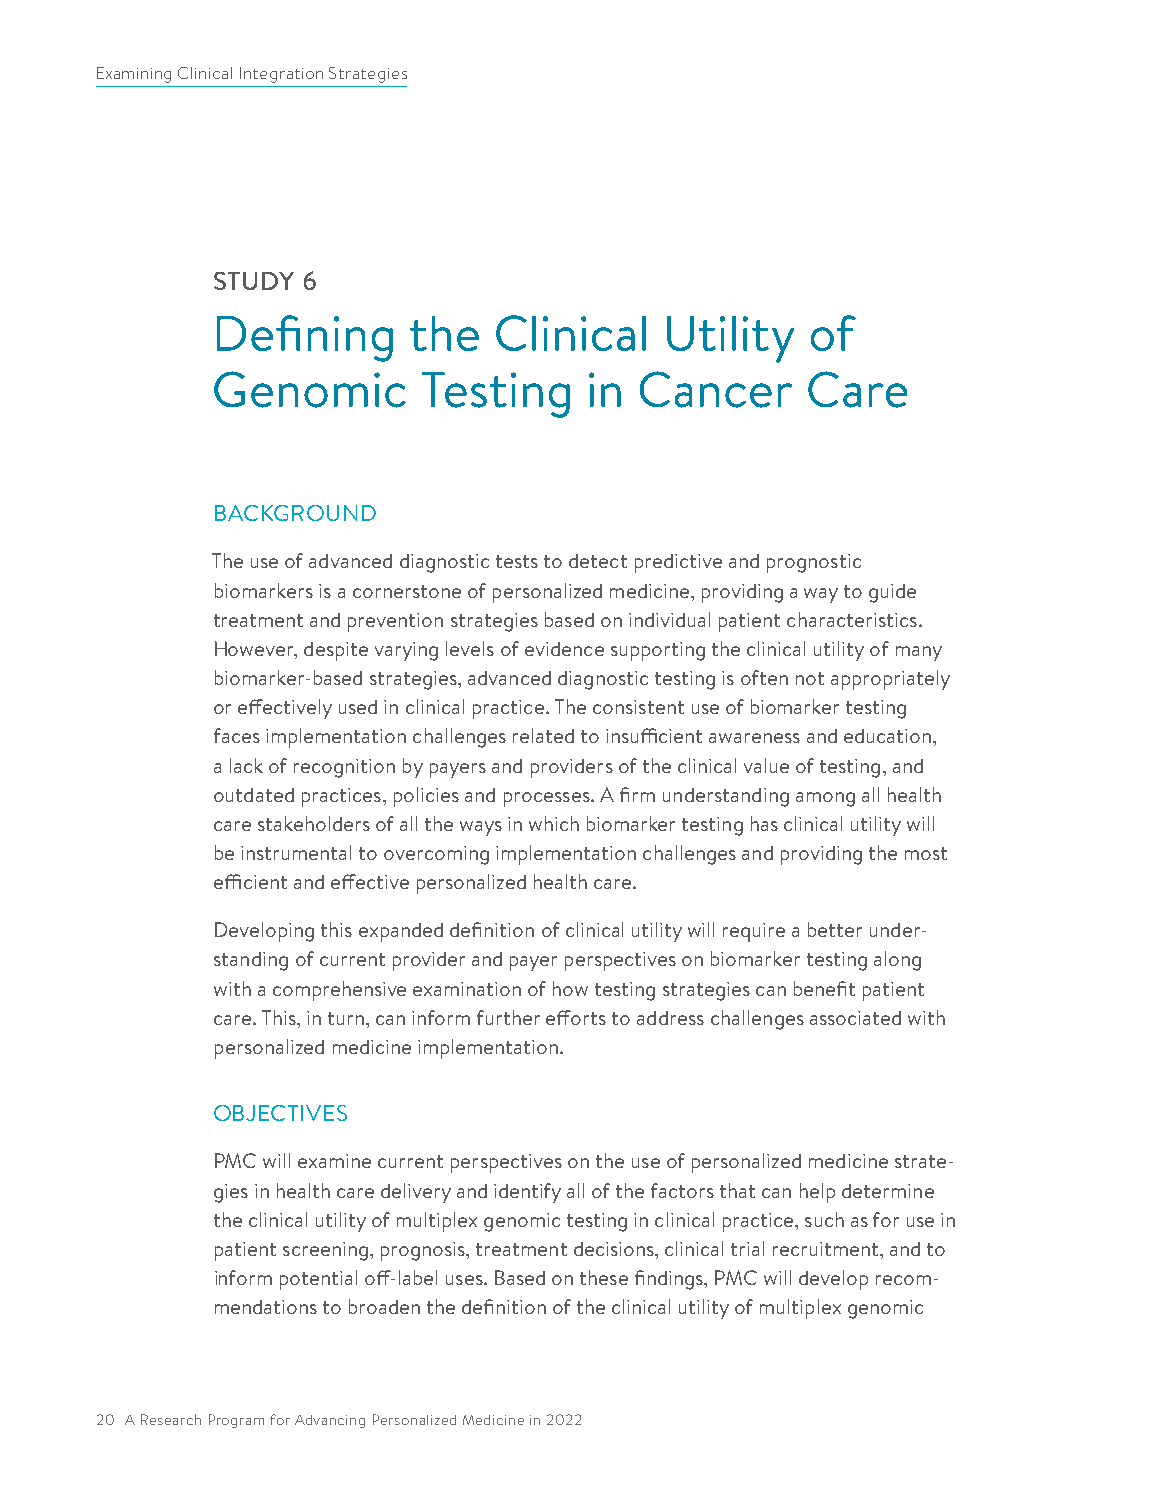
Examining Clinical Integration Strategies
 STUDY 6
 Defining     the   Clinical   Utility  of
 Genomic       Testing    in Cancer     Care
 BACKGROUND
 The use of advanced diagnostic tests to detect predictive and prognostic
 biomarkers is a cornerstone of personalized medicine, providing a way to guide
 treatment and prevention strategies based on individual patient characteristics.
 However, despite varying levels of evidence supporting the clinical utility of many
 biomarker-based strategies, advanced diagnostic testing is often not appropriately
 or effectively used in clinical practice. The consistent use of biomarker testing
 faces implementation challenges related to insufficient awareness and education,
 a lack of recognition by payers and providers of the clinical value of testing, and
 outdated practices, policies and processes. A firm understanding among all health
 care stakeholders of all the ways in which biomarker testing has clinical utility will
 be instrumental to overcoming implementation challenges and providing the most
 efficient and effective personalized health care.
 Developing this expanded definition of clinical utility will require a better under-
 standing of current provider and payer perspectives on biomarker testing along
 with a comprehensive examination of how testing strategies can benefit patient
 care. This, in turn, can inform further efforts to address challenges associated with
 personalized medicine implementation.
 OBJECTIVES
 PMC will examine current perspectives on the use of personalized medicine strate-
 gies in health care delivery and identify all of the factors that can help determine
 the clinical utility of multiplex genomic testing in clinical practice, such as for use in
 patient screening, prognosis, treatment decisions, clinical trial recruitment, and to
 inform potential off-label uses. Based on these findings, PMC will develop recom-
 mendations to broaden the definition of the clinical utility of multiplex genomic
 20 A Research Program for Advancing Personalized Medicine in 2022